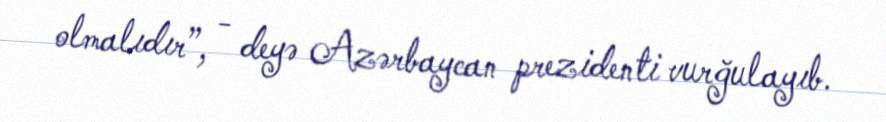
olmalıdır”, - deyə Azərbaycan prezidenti vurğulayıb.